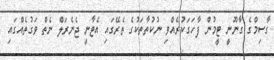
ގާސިމްގެ ގާނޫނީ ޓީމުން ފާހަގަކުރެއްވި ނުކުތާތަކުގެ ތެރޭގައި އެޓާނީ ޖެނެރަލް ނެތް ވަގުތެއްގައި